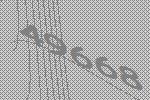
49668